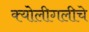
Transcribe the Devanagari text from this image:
क्योलीगलीचे